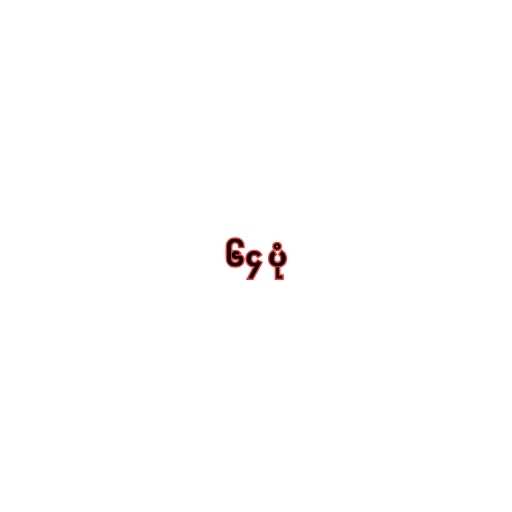
၆၄ ပုံ